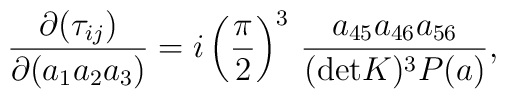
{\partial ( \tau_{ij} )\over \partial(a_1 a_2 a_3) } = i \left(\pi \over 2 \right)^3 \, { a_{45}a_{46} a_{56} \over ({\rm det}K)^3 P(a) } ,